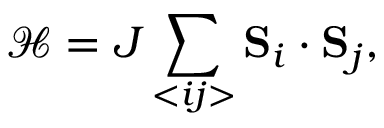
\mathcal { H } = J \sum _ { < i j > } \mathbf { S } _ { i } \cdot \mathbf { S } _ { j } ,